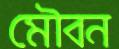
মৌবন